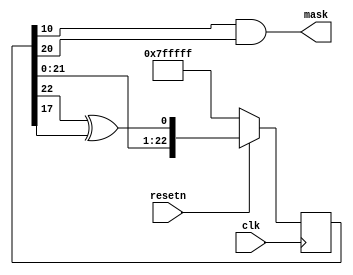
`timescale 1ns / 1ps
//////////////////////////////////////////////////////////////////////////////////
// Company: 
// Engineer: 
// 
// Design Name: 
// Module Name: random_mask
// Project Name: 
// Target Devices: 
// Tool Versions: 
// Description: 
// 
// Dependencies: 
// 
// Revision:
// Revision 0.01 - File Created
// Additional Comments:
// 
//////////////////////////////////////////////////////////////////////////////////
`define RANDOM_SEED {23{1'b1}}

module random_mask(
    input clk,
    input resetn,
    output mask
    );
    reg [22:0] pseudo_random_23;
    always @ (posedge clk)
    begin
       if (!resetn)
           pseudo_random_23 <= `RANDOM_SEED;
       else
           pseudo_random_23 <= {pseudo_random_23[21:0],pseudo_random_23[22] ^ pseudo_random_23[17]};
    end
    assign mask = pseudo_random_23[10] & pseudo_random_23[20];
    
endmodule